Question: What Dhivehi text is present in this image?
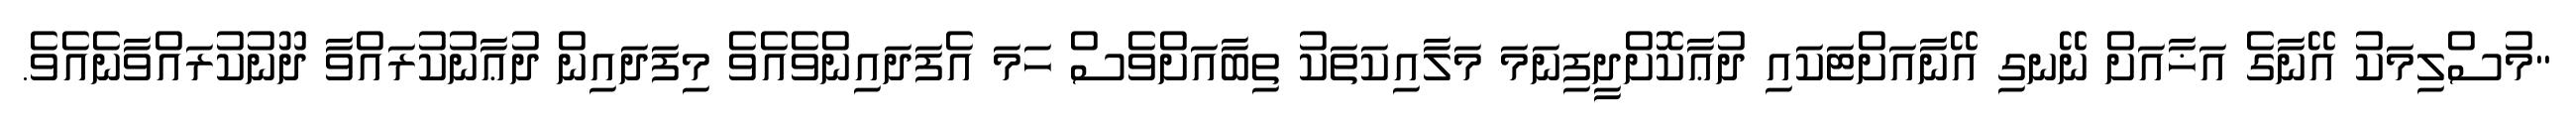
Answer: "މުސްލިމަކު އޭނާގެ އަޚާއަށް ނޭނގި އޭނާއަށްޓަކައި ދުޢާކޮށްދީފިނަމަ މަލާއިކަތަކު ތިބާއަށްވެސް ހަމަ އެފަދައިންވެއެވެ މިފަދައިން ދުޢާނުކުރައްވާ ދޫނުކުރައްވާނެއެވެ.